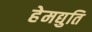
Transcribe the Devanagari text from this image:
हेमद्युति